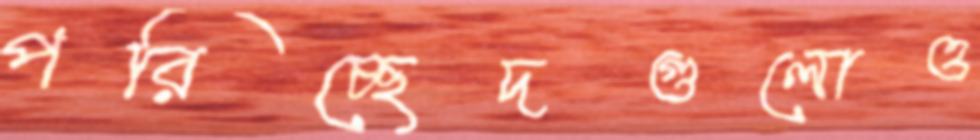
পরিচ্ছেদগুলোও